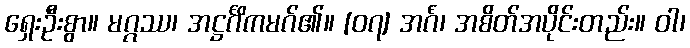
ရှေးဦးစွာ။ မဂ္ဂဿ၊ အဋ္ဌင်္ဂိကမဂ်၏။ [၀၇] အင်္ဂံ၊ အစိတ်အပိုင်းတည်း။ ဝါ၊